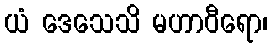
ယံ ဒေသေသိ မဟာဝီရော၊